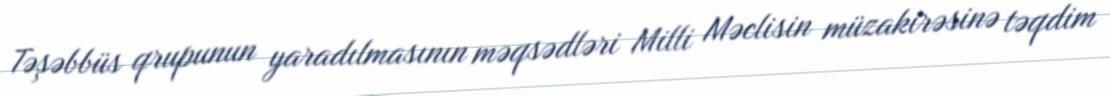
Təşəbbüs qrupunun yaradılmasının məqsədləri Milli Məclisin müzakirəsinə təqdim